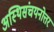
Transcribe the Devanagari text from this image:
अस्थिसंचयनोत्तर